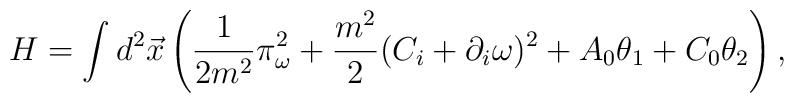
H=\int d^2\vec x\left(\frac1{2m^2}\pi_{\omega}^2+\frac{m^2}{2}(C_i+\partial_i\omega)^2+A_0\theta_1+C_0\theta_2\right),